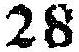
28